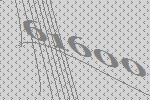
61600